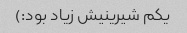
یکم شیرینیش زیاد بود:)